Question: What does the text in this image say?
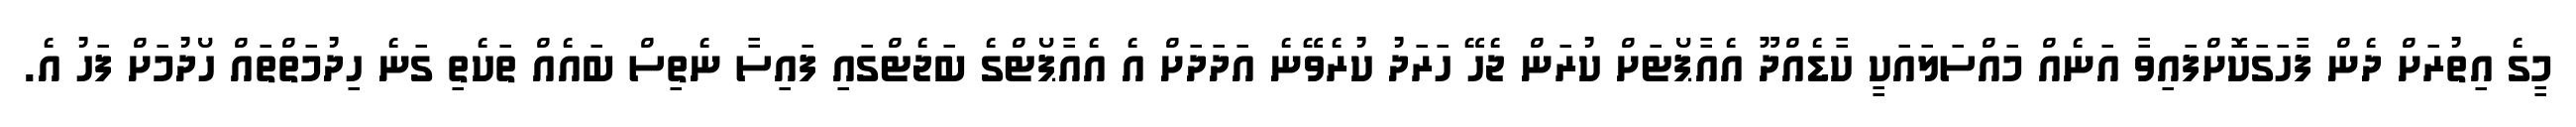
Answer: މީގެ އިތުރަށް ދެން ފާހަގަކޮށްފައިވާ އަނެއް މައްސަލައަކީ ކާޑެއްދޫ އެއާޕޯޓަށް ކުރަން ޖެހޭ ހަރަދު ކުރެވޭނެ އަދަދަށް އެ އެއާޕޯޓްގެ ބަޖެޓްގައި ފައިސާ ނެތިސް ބައެއް ތަކެތި ގަނެ ހިދުމަތްތައް ހޯދުމަށް ފަހު އެ.